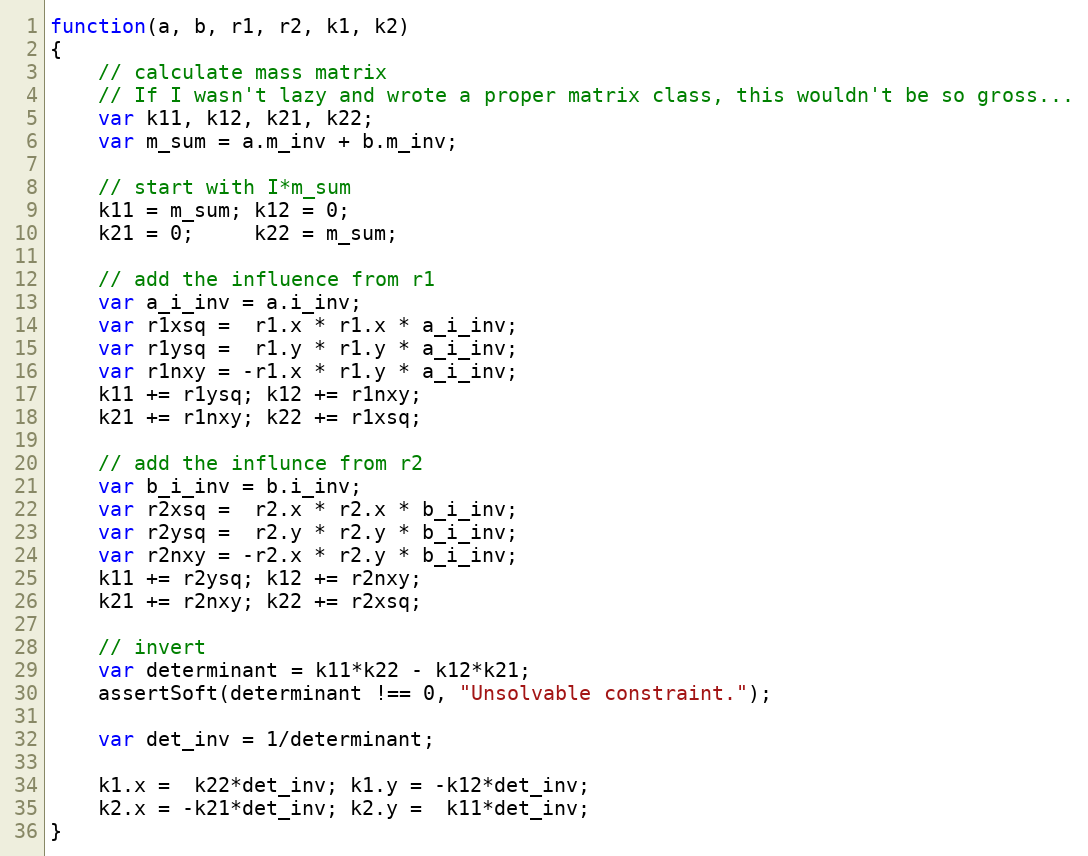
Language: JavaScript
function(a, b, r1, r2, k1, k2)
{
    // calculate mass matrix
    // If I wasn't lazy and wrote a proper matrix class, this wouldn't be so gross...
    var k11, k12, k21, k22;
    var m_sum = a.m_inv + b.m_inv;

    // start with I*m_sum
    k11 = m_sum; k12 = 0;
    k21 = 0;     k22 = m_sum;

    // add the influence from r1
    var a_i_inv = a.i_inv;
    var r1xsq =  r1.x * r1.x * a_i_inv;
    var r1ysq =  r1.y * r1.y * a_i_inv;
    var r1nxy = -r1.x * r1.y * a_i_inv;
    k11 += r1ysq; k12 += r1nxy;
    k21 += r1nxy; k22 += r1xsq;

    // add the influnce from r2
    var b_i_inv = b.i_inv;
    var r2xsq =  r2.x * r2.x * b_i_inv;
    var r2ysq =  r2.y * r2.y * b_i_inv;
    var r2nxy = -r2.x * r2.y * b_i_inv;
    k11 += r2ysq; k12 += r2nxy;
    k21 += r2nxy; k22 += r2xsq;

    // invert
    var determinant = k11*k22 - k12*k21;
    assertSoft(determinant !== 0, "Unsolvable constraint.");

    var det_inv = 1/determinant;

    k1.x =  k22*det_inv; k1.y = -k12*det_inv;
    k2.x = -k21*det_inv; k2.y =  k11*det_inv;
}